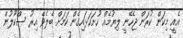
އެއީ މިކަން ކުރަން ޖެހޭނީ ލިޔުމެއް ހުށަހަޅައިގެން ކަމަށް ބެލެވޭ އިރު ސްކޫލުން